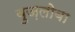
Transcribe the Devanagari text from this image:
वुज़लोबा